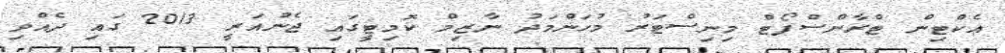
އެކްޓިން ޓްރާންސްޕޯޓް މިނިސްޓަރު މުހަންމަދު ނާޒިމް ކޮމިޓީގައި ޖެނުއަރީ 2013 ގައި ދެއްވި